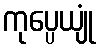
ကုပ္ပေယျုံ